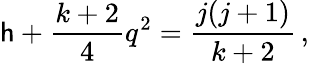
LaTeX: \mathsf{h}+\frac{{k+2}}{{4}}q^{2}=\frac{{j(j+1)}}{{k+2}}\, ,